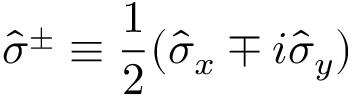
\hat { \sigma } ^ { \pm } \equiv \frac { 1 } { 2 } ( \hat { \sigma } _ { x } \mp i \hat { \sigma } _ { y } )